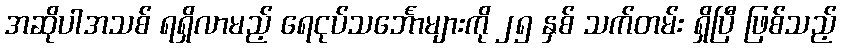
အဆိုပါအသစ် ရရှိလာမည့် ရေငုပ်သင်္ဘောများကို ၂၅ နှစ် သက်တမ်း ရှိပြီ ဖြစ်သည့်